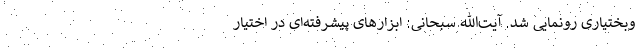
وبختیاری رونمایی شد. آیت‌الله سبحانی: ابزارهای پیشرفته‌ای در اختیار